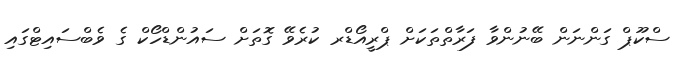
ސްކޫޕް ގަންނަން ބޭނުންވާ ފަރާތްތަކަށް ޕްރީއޯޑްރ ކުރެވޭ ގޮތަށް ސައުންޑްހޯކް ގެ ވެބްސައިޓްގައި